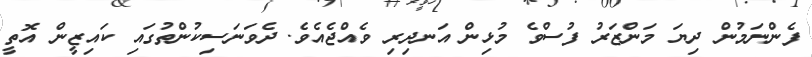
ފެންނަމުން ދިޔަ މަންޒަރު ފުސްވެ މުޅިން އަނދިރި ވެއްޖެއެވެ. ދެވަނަސިކުންތުގައި ކައިޒީން އޮތީ